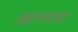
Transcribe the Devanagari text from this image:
अहंपणाचा